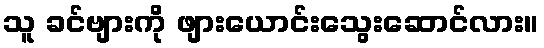
သူ ခင်ဗျားကို ဖျားယောင်းသွေးဆောင်လား။